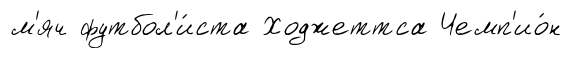
м'яч футбол'и́ста Ходжеттса Чемп'ио́н